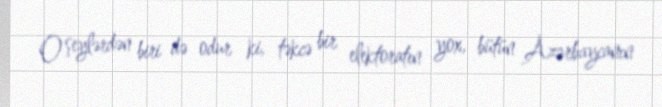
O şeylərdən biri də odur ki, təkcə bir elektoratın yox, bütün Azərbaycanın